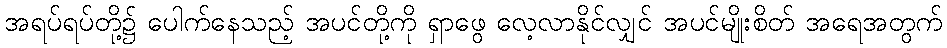
အရပ်ရပ်တို့၌ ပေါက်နေသည့် အပင်တို့ကို ရှာဖွေ လေ့လာနိုင်လျှင် အပင်မျိုးစိတ် အရေအတွက်